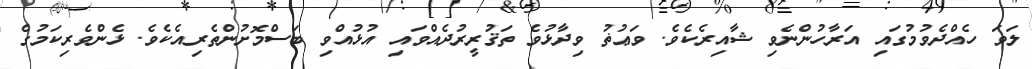
ލަވަ ހެއްދެވުމުގައި އަރާހުންނެވި ޝާއިރެކެވެ. ވަޢުޡު ވިދާޅުވެ ތަޤުރީރުދެއްވައި އުޅުއްވި ބަސްމޮށުންތެރިއެކެވެ. ޅެންވެރިކަމުގެ